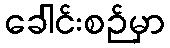
ခေါင်းစဉ်မှာ